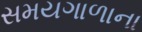
સમયગાળાના